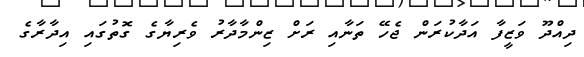
ދިއްދޫ ވަޒީފާ އަދާކުރަން ޖެހޭ ތަނާއި ރަށް ޒިންމާދާރު ވެރިޔާގެ ގޮތުގައި އިދާރާގެ